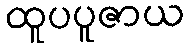
ထူပပူဇာယ